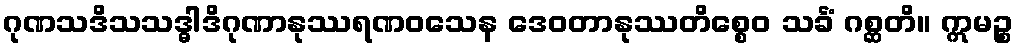
ဂုဏသဒိသသဒ္ဓါဒိဂုဏာနုဿရဏဝသေန ဒေဝတာနုဿတိစ္စေဝ သင်္ခံ ဂစ္ဆတိ။ ဣမဉ္စ